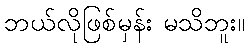
ဘယ်လိုဖြစ်မှန်း မသိဘူး။